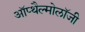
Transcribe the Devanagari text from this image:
ऑप्थैल्मोलॉजी